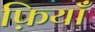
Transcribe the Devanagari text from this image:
फ़ियॉँ